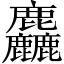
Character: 麤